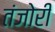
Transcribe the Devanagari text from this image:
तंजोरी